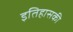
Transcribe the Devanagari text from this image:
इतिहासकी